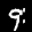
Label: 9